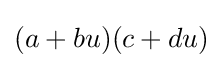
(a+bu)(c+du)